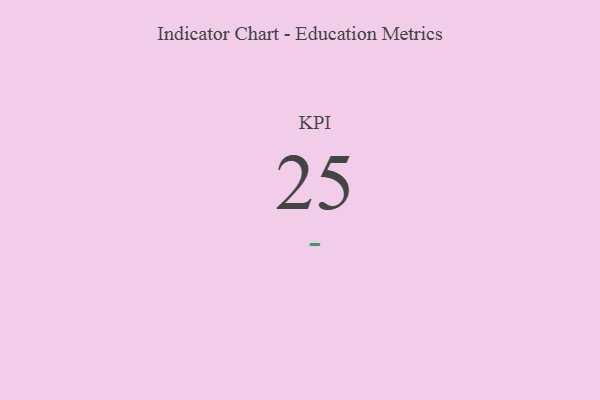
{"axis": {"x": "KPI", "y": "Value"}, "legend": [""], "data": [{"x": "KPI", "y": 25, "type": ""}]}